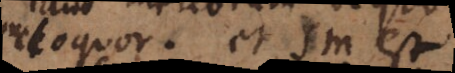
loquor et sm est